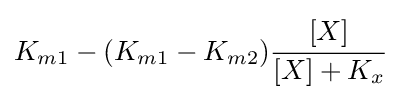
K_{m1}-(K_{m1}-K_{m2}){\cfrac {[X]}{[X]+K_{x}}}